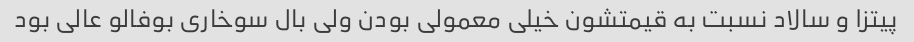
پیتزا و سالاد نسبت به قیمتشون خیلی معمولی بودن ولی بال سوخاری بوفالو عالی بود